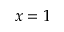
x = 1